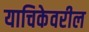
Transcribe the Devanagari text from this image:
याचिकेवरील